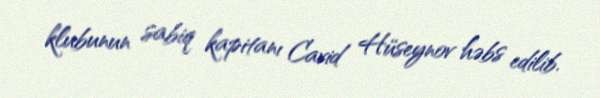
klubunun sabiq kapitanı Cavid Hüseynov həbs edilib.